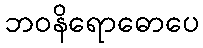
ဘဝနိရောဓောပေ